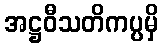
အဋ္ဌဝီသတိကပ္ပမှိ